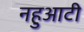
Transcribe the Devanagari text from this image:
नहुआटी